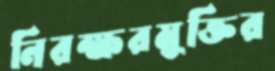
নিরক্ষরমুক্তির